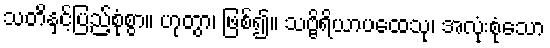
သတိနှင့်ပြည့်စုံစွာ။ ဟုတွာ၊ ဖြစ်၍။ သဗ္ဗိရိယာပထေသု၊ အလုံးစုံသော